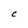
Character: C